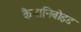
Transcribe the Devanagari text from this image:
कैनानिबोइड